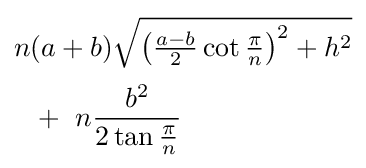
{\begin{aligned}&n(a+b){\sqrt {\left({\tfrac {a-b}{2}}\cot {\tfrac {\pi }{n}}\right)^{2}+h^{2}}}\\[2pt]&\ \ +\ n{\frac {b^{2}}{2\tan {\frac {\pi }{n}}}}\end{aligned}}